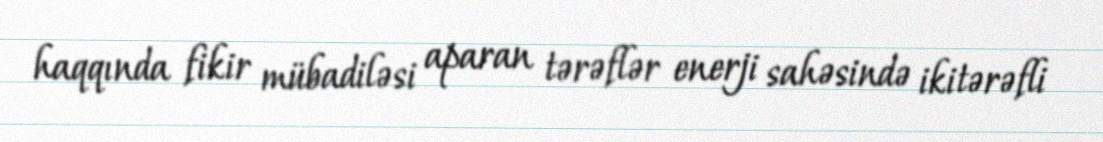
haqqında fikir mübadiləsi aparan tərəflər enerji sahəsində ikitərəfli